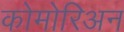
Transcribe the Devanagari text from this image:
कोमोरिअन